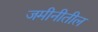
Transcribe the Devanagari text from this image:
जमीनीतील